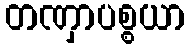
တဏှာပစ္စယာ